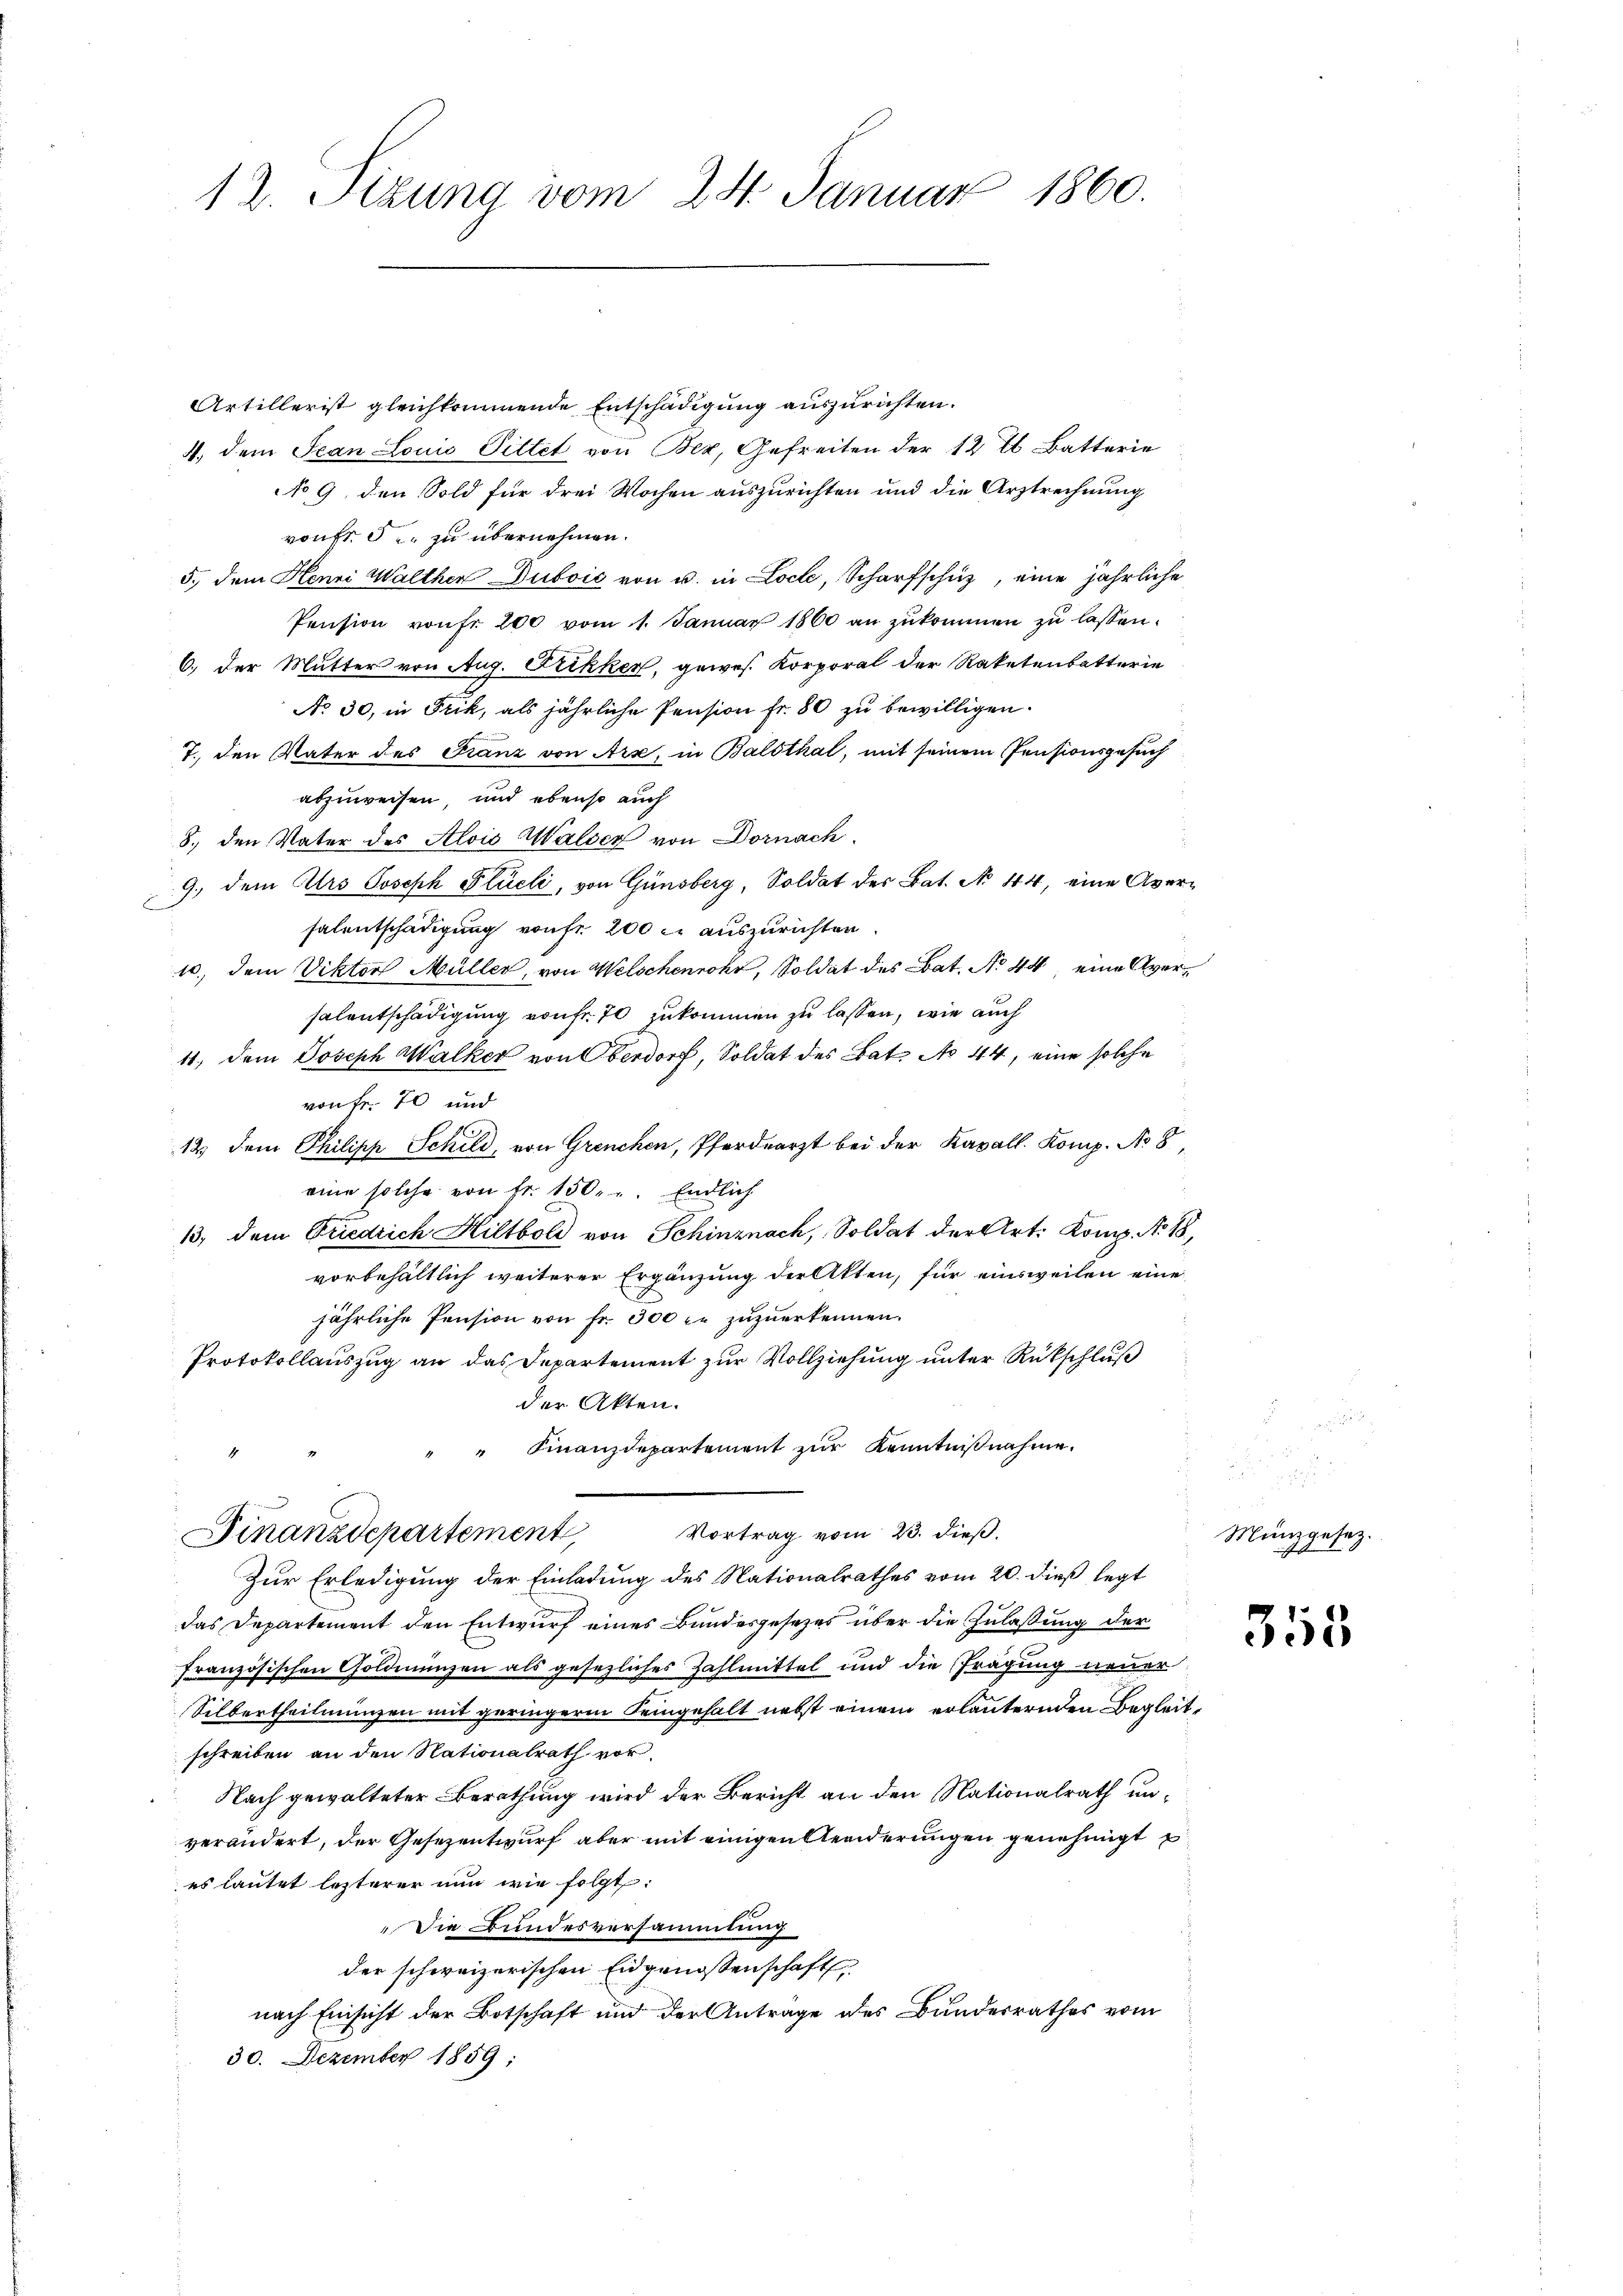
12. Sizung vom 24. Januar 1860.

Artillerist gleichkommende Entschädigung auszurichten.
4. dem Jean Louis Pittet von Bez, Gefreiten der 12 t Batterie
No 9. den Sold für drei Wochen auszurichten und die Arztrechnung
vonFr. 5. zu übernehmen.
5., dem Henni Walther Duboić von u. in Locle, Scharfschuz, eine jährliche
Pension von fr 200 vom 1. Januar 1860 an zŭkommen zŭ lassen.
6. der Mutter von Aug. Frikker, gewes. Korporal der Raketenbatterie
No 30, in Frik, als jährliche Pension fr. 80 zu bewilligen.
T., den Vater des Franz von Arx, in Balsthal, mit seinem Pensionsgesuch
abzuweisen und ebenso auch
8. den Vater des Alois Walser von Dornach
9. dem Urs Joseph Flüeli, von Günsberg, Soldat des Bat. No 44, eine Aversalentschädigung von fr 200 l. auszurichten.
10., dem Viktor Müller, von Welschenrohr, Soldat des Bat. No 44, eine Aversalentschädigung von fr. 70 zukommen zu lassen, wie auch
11, dem Joseph Walker von Oberdorf, Soldat des Bat. No 44, eine solche
von Fr. 70 und
12. dem Philipp Schild, von Grenchen, Pferdearzt bei der Kavall. Komp. No 8,
eine solche von fr. 150. Endlich
13. dem Friedrich Hiltboli von Schinznach, Soldat der Art. Komp. No. 18,
vorbehältlich weiterer Ergänzung der Akten, für einsweilen eine
jährliche Pension von fr. 300 c. zŭzŭerkennen.
Protokollauszug an das Departement zur Vollziehung unter Rückschluß
der Akten.
" Finanzdepartement zur Kenntnißnahme.
4
Vortrag vom 23. dieß.
Finanzdepartement,
Zur Erledigung der Einladung des Nationalrathes vom 20. dieß legt
das Departement den Entwurf eines Bundesgesetzes über die Zulaßung der
französischen Goldmünzen als gesezliches Zahlmittel und die Tragung neuer
Silbertheilmungen mit geringere Seingehalt nebst einem erläuternden Begleitschreiben an den Nationalrath vor.
Nach gewalteter Berathung wird der Bericht an den Nationalrath unverändert, der Gesezentwurf aber mit einigen Aenderungen genehmigt
es lautet lezterer nun wie folgt:
Die Bundesversammlung
der schweizerischen Eidgenossenschaft
nach Einsicht der Botschaft und der Antrage des Bundesrathes vom
30. Dezember 1859;

Münzgesetz.

315.